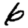
Digit: 6